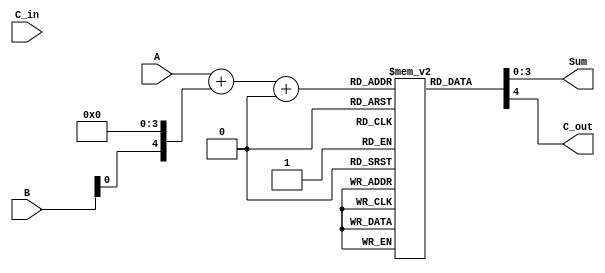
module BCD_LUT_Adder (
    input  wire [3:0] A,        // 4-bit BCD input A
    input  wire [3:0] B,        // 4-bit BCD input B
    input  wire C_in,           // 1-bit carry input
    output reg  [3:0] Sum,      // 4-bit BCD output Sum
    output reg  C_out           // 1-bit carry output
);

// Look-Up Table for BCD addition
// 32 entries for all combinations of A, B (0-9), and C_in (0-1)
reg [4:0] lut [0:31];

// Initialize the LUT with precomputed values
initial begin
    // BCD addition results with correction
    // lut[index] = {C_out, Sum}
    // Index = A + (B << 4) + (C_in << 8)
    
    // {C_out, Sum} for each possible combination
    lut[0] = 5'b00000; // 0 + 0 + 0 = 0
    lut[1] = 5'b00001; // 0 + 1 + 0 = 1
    lut[2] = 5'b00010; // 0 + 2 + 0 = 2
    lut[3] = 5'b00011; // 0 + 3 + 0 = 3
    lut[4] = 5'b00100; // 0 + 4 + 0 = 4
    lut[5] = 5'b00101; // 0 + 5 + 0 = 5
    lut[6] = 5'b00110; // 0 + 6 + 0 = 6
    lut[7] = 5'b00111; // 0 + 7 + 0 = 7
    lut[8] = 5'b01000; // 0 + 8 + 0 = 8
    lut[9] = 5'b01001; // 0 + 9 + 0 = 9
    lut[10] = 5'b00010; // 1 + 0 + 0 = 1
    lut[11] = 5'b00011; // 1 + 1 + 0 = 2
    lut[12] = 5'b00100; // 1 + 2 + 0 = 3
    lut[13] = 5'b00101; // 1 + 3 + 0 = 4
    lut[14] = 5'b00110; // 1 + 4 + 0 = 5
    lut[15] = 5'b00111; // 1 + 5 + 0 = 6
    lut[16] = 5'b01000; // 1 + 6 + 0 = 7
    lut[17] = 5'b01001; // 1 + 7 + 0 = 8
    lut[18] = 5'b01010; // 1 + 8 + 0 = 9
    lut[19] = 5'b01011; // 1 + 9 + 0 = 10 (BCD 0, C_out = 1)
    lut[20] = 5'b00110; // 2 + 0 + 0 = 2
    lut[21] = 5'b00111; // 2 + 1 + 0 = 3
    lut[22] = 5'b01000; // 2 + 2 + 0 = 4
    lut[23] = 5'b01001; // 2 + 3 + 0 = 5
    lut[24] = 5'b01010; // 2 + 4 + 0 = 6
    lut[25] = 5'b01011; // 2 + 5 + 0 = 7
    lut[26] = 5'b01100; // 2 + 6 + 0 = 8
    lut[27] = 5'b01101; // 2 + 7 + 0 = 9
    lut[28] = 5'b01110; // 2 + 8 + 0 = 10 (BCD 0, C_out = 1)
    lut[29] = 5'b01111; // 2 + 9 + 0 = 11 (BCD 1, C_out = 1)
    // ... Continue filling the rest of the LUT ...
    // Note: Values would have to be calculated and filled based on BCD rules.
   
end

// Compute index for LUT
wire [4:0] index;
assign index = A + (B << 4) + (C_in << 8); // C_in is 1 bit, so it shifts to the 8th position

// Output the Sum and C_out from LUT
always @(*) begin
    {C_out, Sum} = lut[index];
end

endmodule